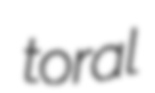
toral